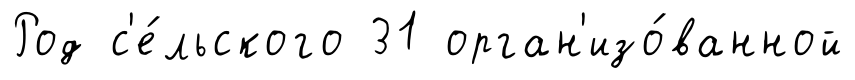
Род с'е́льского 31 орган'изо́ванной